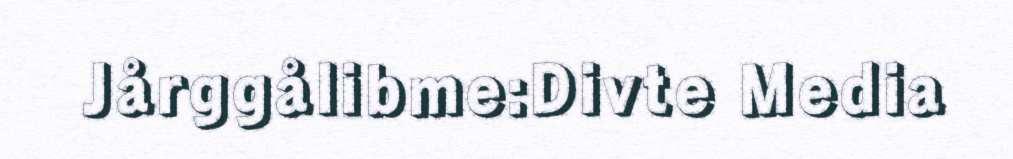
Jårggålibme:Divte Media